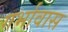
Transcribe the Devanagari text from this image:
गर्भावास